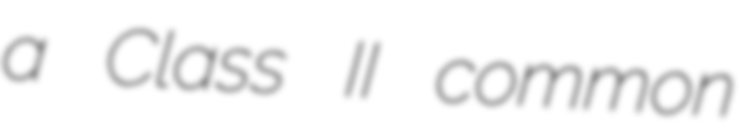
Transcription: a Class II common